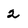
Character: 2